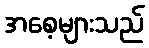
အစေ့များသည်